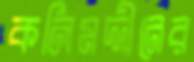
কলিমদ্দীনের